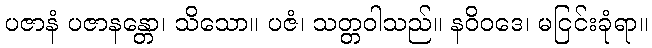
ပဇာနံ ပဇာနန္တော၊ သိသော။ ပဇံ၊ သတ္တဝါသည်။ နဝိဝဒေ၊ မငြင်းခုံရာ။